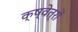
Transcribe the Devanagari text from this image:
क्ष्वेत्रों